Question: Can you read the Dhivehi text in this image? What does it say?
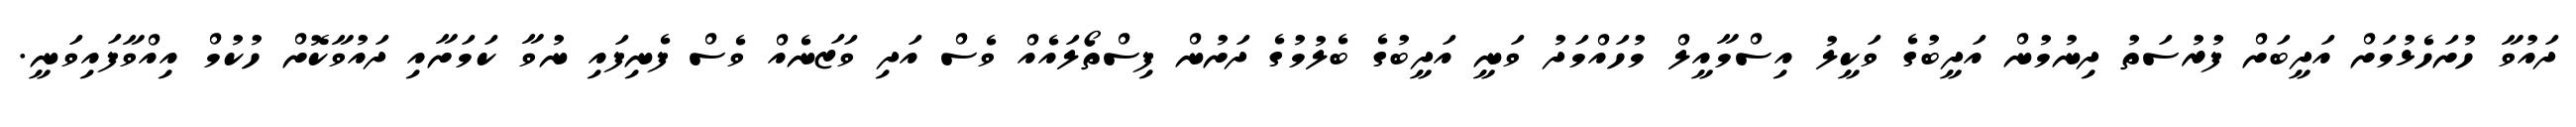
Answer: ދައުވާ ހުށަހެޅުމަށް އަދީބަށް ފުރުސަތު ދިނުމުން އަދީބުގެ ވަކީލު އިސްމާއީލް މުހައްމަދު ވަނީ އަދީބުގެ ބެލުމުގެ ދަށުން ފިސްތޯލައެއް ވެސް އަދި ވަޒަނެއް ވެސް ފެނިފައި ނުވާ ކަމަށާއި ދައުވާކޮށް ހުކުމް އިއްވާފައިވަނީ.